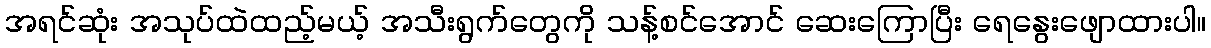
အရင်ဆုံး အသုပ်ထဲထည့်မယ့် အသီးရွက်တွေကို သန့်စင်အောင် ဆေးကြောပြီး ရေနွေးဖျောထားပါ။